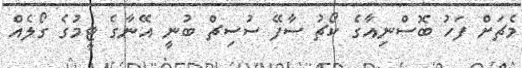
މެޗަށް ފަހު ބޮސްނިއާގެ ކޯޗު ސާފޭ ސުސިޗް ބުނީ އޭނާގެ ޓީމުގެ ގޯލެއް